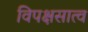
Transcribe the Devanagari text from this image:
विपक्षसात्व